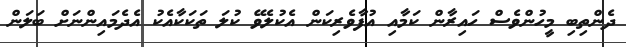
ދެންތިބި މީހުންވެސް ހައިރާން ކަމާއި އުފާވެރިކަން އެކުލެވޭ ކުލަ ތަކަކާއެކު އެދެމައިންނަށް ބަލަން